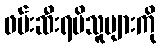
ဖမ်းဆီးရမိသူများကို